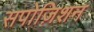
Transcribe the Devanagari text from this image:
सपोज़िशन